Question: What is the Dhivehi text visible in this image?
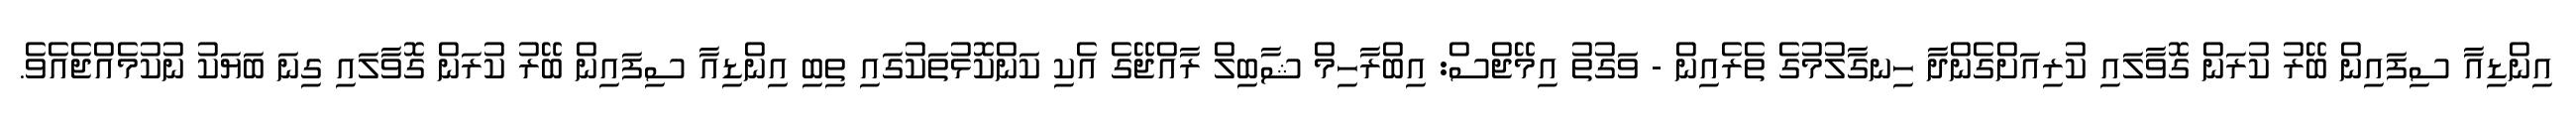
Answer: އިންޑިއާ ސިފައިން ބޭރު ކުރަން ގޮވާލައި ކުރިއަށްގެންދާ ހިނގާލުމުގެ ތެރެއިން - ވަގުތު އިމޭޖްސް: އިބްރާހިމް ޝާބިލް ރާއްޖޭގެ އެކި ކަންކޮޅުތަކުގައި ތިބި އިންޑިއާ ސިފައިން ބޭރު ކުރަން ގޮވާލައި ގިނަ ބަޔަކު ނުކުމެއްޖެއެވެ.